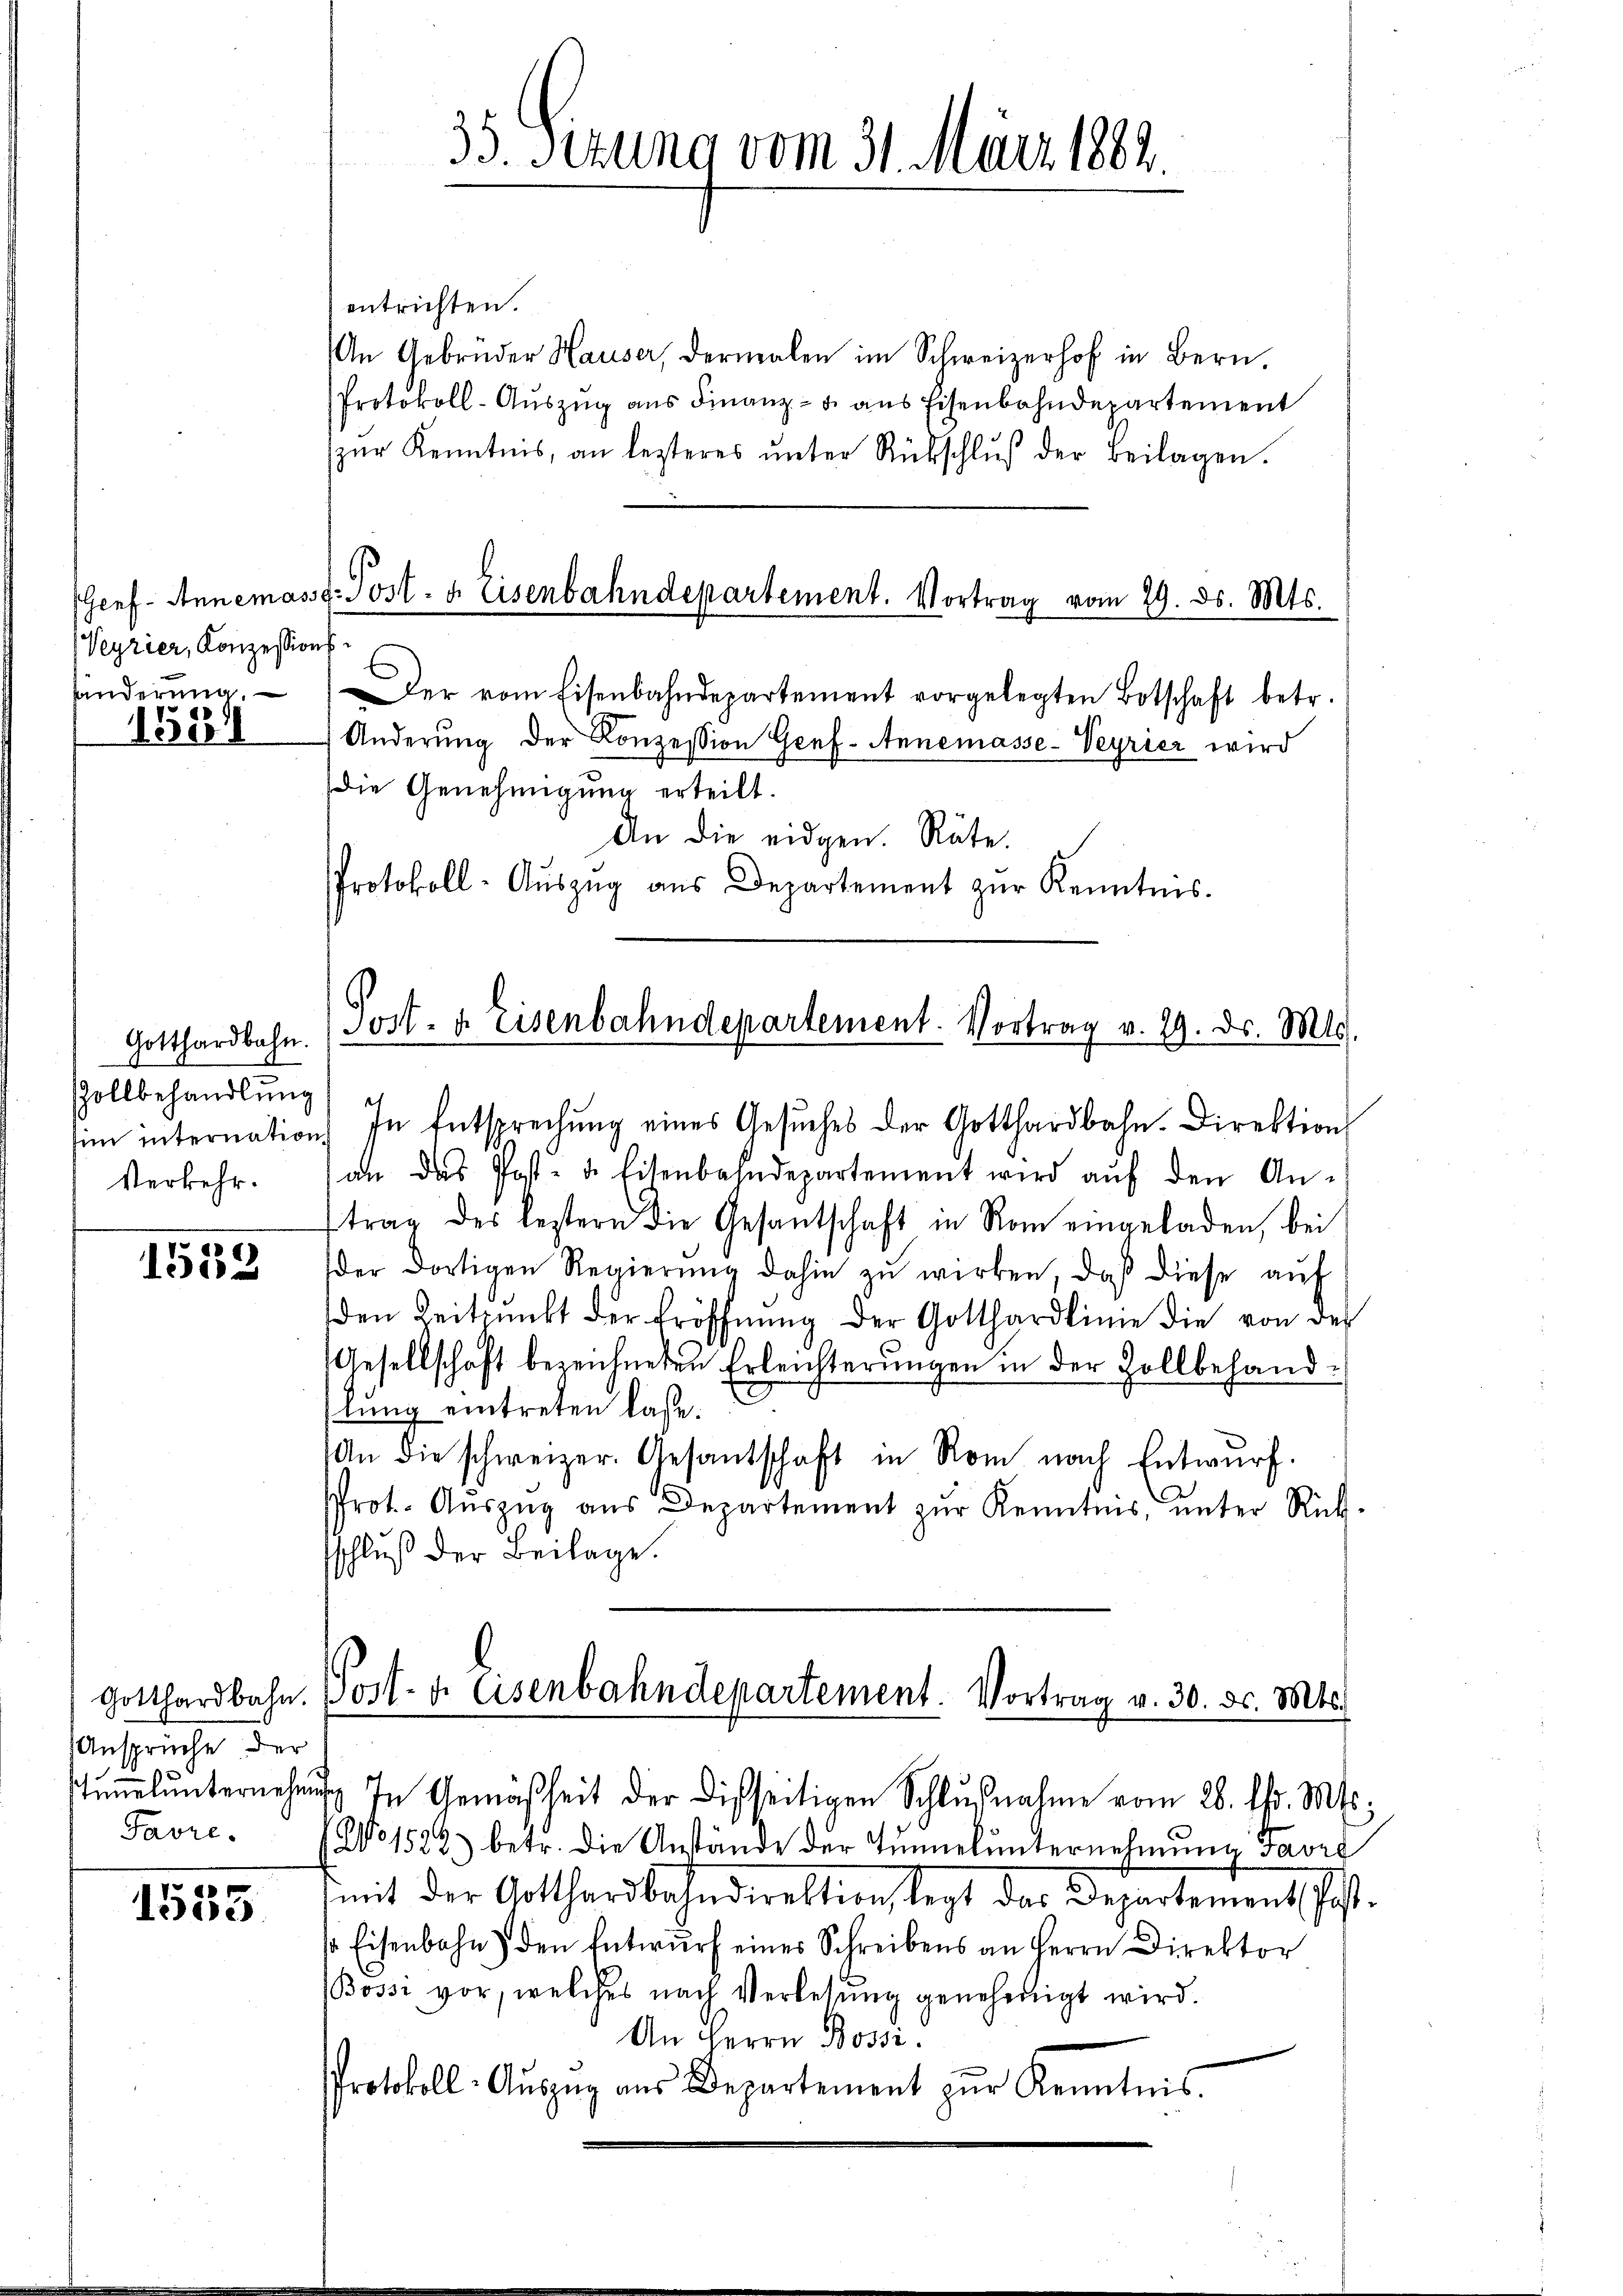
Veyrier, Konzessions
handerung.

d
150

Gotthardbahn.
Zollbehandlung
Verkehr.

1553

Ansprüche der
stimmel unternehm
Favre.

1533

entrichten.
An Gebrüder Hauser, dermalen im Schweizerhof in Bern,
Protokoll-Auszug aus Finanz- u. aus Eisenbahndepartement
zŭr Kenntnis, an lezteres ŭnter Rückschlŭβ der Beilagen.
E
er vom Eisenbahndepartement vorgelegten Botschaft betr.
Änderung der Konzession Genf. Annemasse-Veyrier wird
die Genehmigung erteilt.
An die eidgen. Räte.
s
Protokoll-Aŭszŭg aŭs Departement zŭr Kenntnis.

35. Sizung vom 31. März 1882.

Geef- Annemasse-Post- u. Eisenbahndepartement. Vortrag vom 19. ds. Mts.

Post- u. Eisenbahndepartement. Vortrag v. 29. ds. Mts.

sim internation. In Entsprechŭng eines Gesŭches der Gotthardbahn. Direktion
an das Post- u. Eisenbahndepartement wird aŭf den Anttrag des leztern die Gesantschaft in Rom eingeladen, bei
der dortigen Regierŭng dahin zŭ wirken, daß diese aŭf
den Zeitpunkt der Eröffnung der Gotthardlinie die von der
Gesellschaft bezeichneten Erleichterungen in der Zollbehand¬
1
lung eintreten laße.
An die schweizer. Gesantschaft in Rom nach Entwurf
Prot. Aŭszŭg aŭs Departement zŭr Kenntnis, ŭnter Rück-
sschluß der Beilage.
Gotthardbahn. Post- u. Eisenbahndepartement. Vortrag v. 30. ds. Mts.

) In Gemäßheit der Disseitigen Schlußnahme vom 28. d. Mts.
No 1522.) betr. die Anstände der Tunnel unternehmung Favre
mit der Gotthardbahndirektion, legt das Departement, Post.
so Eisenbahn den Entwŭrf eines Schreibens an Herrn Direktor
Bossi vor, welches nach Verlesung genehmigt wird.
An Herrn Bossi
Protokoll-Aŭszŭg aŭs Departement zŭr Kenntnis.